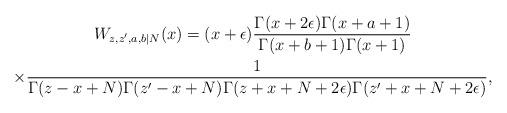
LaTeX: \begin{align*}\begin{gathered}W_{z, z', a, b|N}(x) = (x + \epsilon)\frac{\Gamma(x + 2\epsilon)\Gamma(x + a + 1 )}{\Gamma(x + b + 1)\Gamma(x + 1)}\\\times\frac{1}{\Gamma(z - x + N)\Gamma(z' - x + N)\Gamma(z + x + N + 2\epsilon)\Gamma(z' + x + N + 2\epsilon)},\end{gathered}\end{align*}